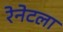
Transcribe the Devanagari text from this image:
रेनेटला